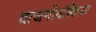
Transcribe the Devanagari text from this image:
वाजनोवस्किया